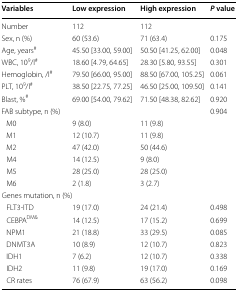
<table><thead><tr><td><b>Variables</b></td><td><b>Low expression</b></td><td><b>High expression</b></td><td><b><i>P</i> value</b></td></tr></thead><tbody><tr><td>Number</td><td>112</td><td>112</td><td></td></tr><tr><td>Sex, n (%)</td><td>60 (53.6)</td><td>71 (63.4)</td><td>0.175</td></tr><tr><td>Age, years<sup>#</sup></td><td>45.50 [33.00, 59.00]</td><td>50.50 [41.25, 62.00]</td><td>0.048</td></tr><tr><td>WBC, 10<sup>9</sup>/l<sup>#</sup></td><td>18.60 [4.79, 64.65]</td><td>28.30 [5.80, 93.55]</td><td>0.301</td></tr><tr><td>Hemoglobin, /l<sup>#</sup></td><td>79.50 [66.00, 95.00]</td><td>88.50 [67.00, 105.25]</td><td>0.061</td></tr><tr><td>PLT, 10<sup>9</sup>/l<sup>#</sup></td><td>38.50 [22.75, 77.25]</td><td>46.50 [25.00, 109.50]</td><td>0.141</td></tr><tr><td>Blast, %<sup>#</sup></td><td>69.00 [54.00, 79.62]</td><td>71.50 [48.38, 82.62]</td><td>0.920</td></tr><tr><td colspan="3">FAB subtype, n (%)</td><td>0.904</td></tr><tr><td> M0</td><td>9 (8.0)</td><td colspan="2">11 (9.8)</td></tr><tr><td> M1</td><td>12 (10.7)</td><td colspan="2">11 (9.8)</td></tr><tr><td> M2</td><td>47 (42.0)</td><td colspan="2">50 (44.6)</td></tr><tr><td> M4</td><td>14 (12.5)</td><td colspan="2">9 (8.0)</td></tr><tr><td> M5</td><td>28 (25.0)</td><td colspan="2">28 (25.0)</td></tr><tr><td> M6</td><td>2 (1.8)</td><td colspan="2">3 (2.7)</td></tr><tr><td colspan="3">Genes mutation, n (%)</td><td></td></tr><tr><td> FLT3-ITD</td><td>19 (17.0)</td><td>24 (21.4)</td><td>0.498</td></tr><tr><td> CEBPA<sup>DM&amp;</sup></td><td>14 (12.5)</td><td>17 (15.2)</td><td>0.699</td></tr><tr><td> NPM1</td><td>21 (18.8)</td><td>33 (29.5)</td><td>0.085</td></tr><tr><td> DNMT3A</td><td>10 (8.9)</td><td>12 (10.7)</td><td>0.823</td></tr><tr><td> IDH1</td><td>7 (6.2)</td><td>12 (10.7)</td><td>0.338</td></tr><tr><td> IDH2</td><td>11 (9.8)</td><td>19 (17.0)</td><td>0.169</td></tr><tr><td> CR rates</td><td>76 (67.9)</td><td>63 (56.2)</td><td>0.098</td></tr></tbody></table>